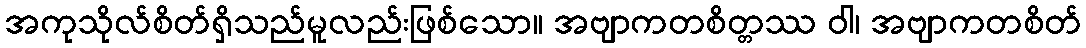
အကုသိုလ်စိတ်ရှိသည်မူလည်းဖြစ်သော။ အဗျာကတစိတ္တဿ ဝါ၊ အဗျာကတစိတ်